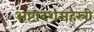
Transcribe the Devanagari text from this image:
अष्टादशसहस्री